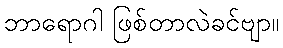
ဘာရောဂါ ဖြစ်တာလဲခင်ဗျာ။